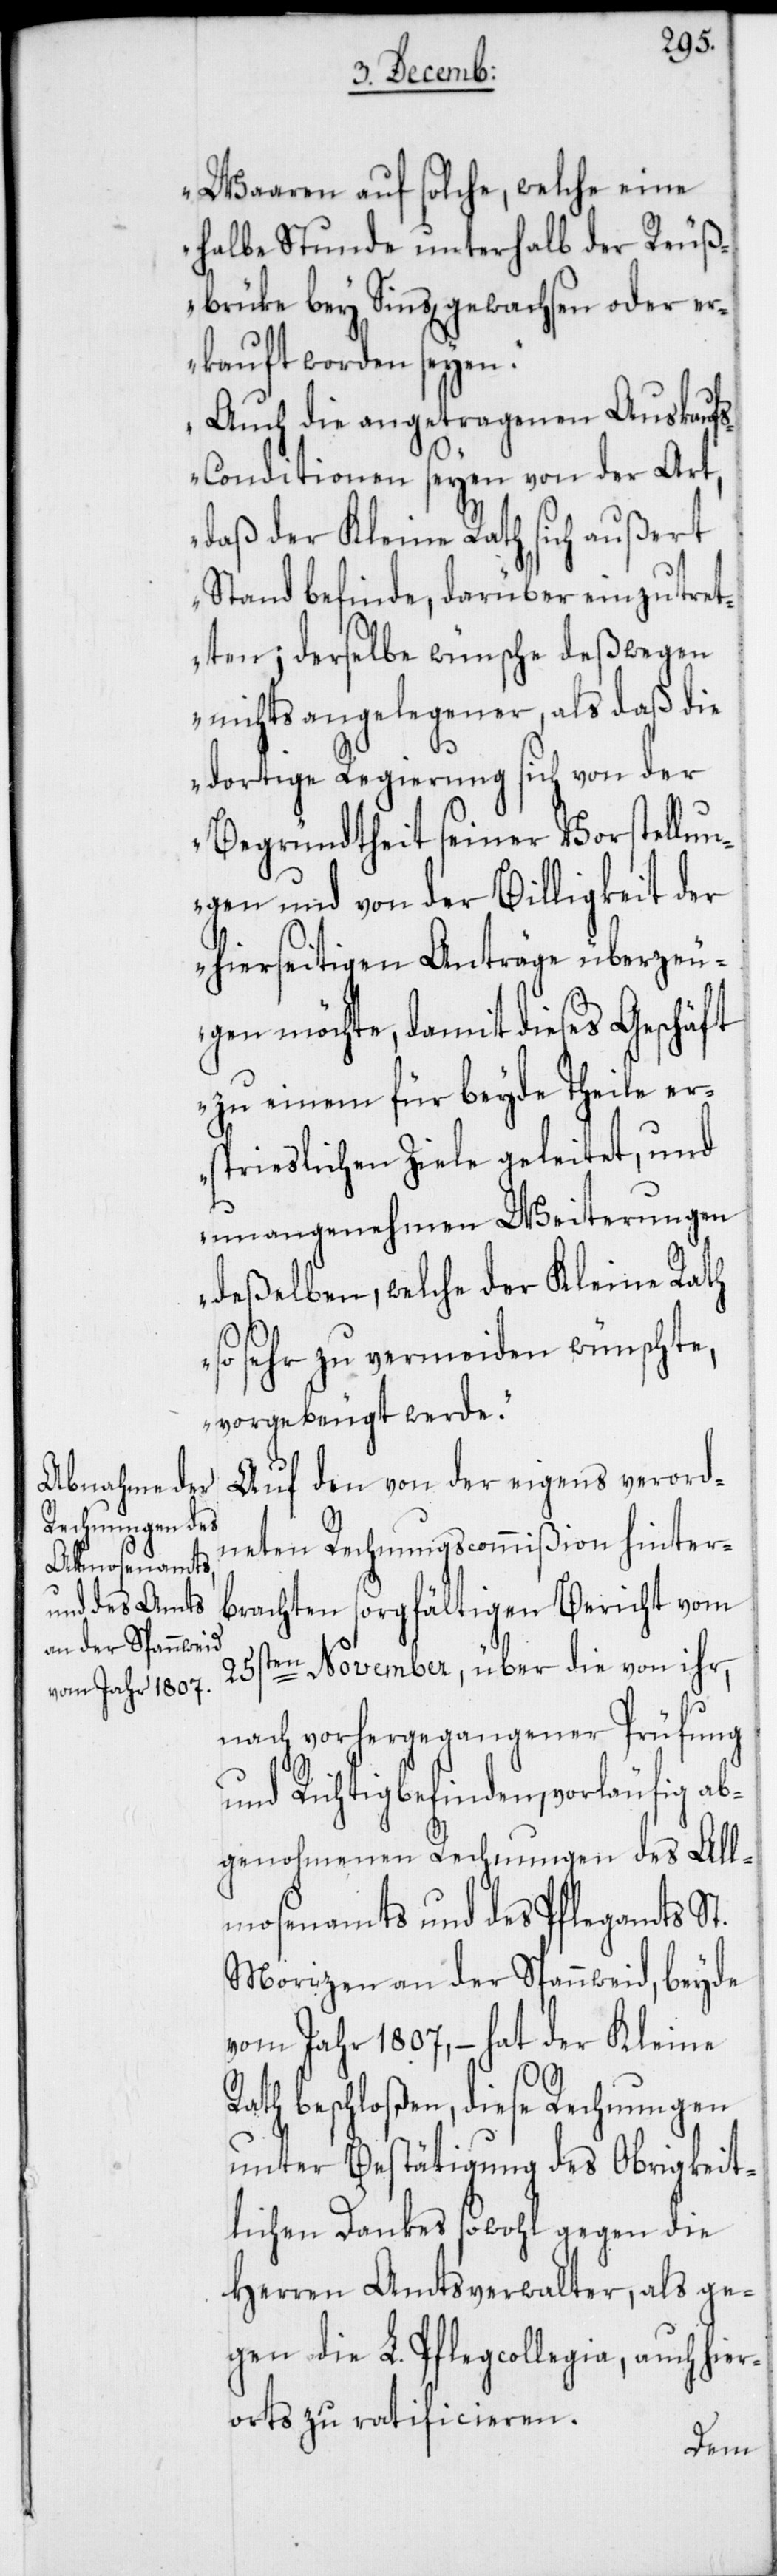
Waaren auf solche, welche eine
halbe Stunde unterhalb der Reuß¬
brüke bey Sins, gewachsen oder er¬
kauft worden seyen.
Auch die angetragenen Auskauf¬
s-Conditionen seyen von der Art,
daß der Kleine Rath sich außert
Stand befinde, darüber einzutret¬
ten; derselbe wünsche deßwegen
nichts angelegener, als daß die
dortige Regierung sich von der
Begründtheit seiner Vorstellun¬
gen und von der Billigkeit der
hierseitigen Anträge überzeu¬
gen möchte, damit dieses Geschäft
zu einem für beyde Theile er¬
spieslichen Ziele geleitet, und
unangenehmen Weiterungen
deßelben, welche der Kleine Rath
so sehr zu vermeiden wünschte,
vorgebeugt werde.“
Auf den von der eigens verord¬
neten Rechnungscommißion hinter¬
brachten sorgfältigen Bericht vom
25sten November, über die von ihr,
nach vorhergegangener Prüfung
und Richtigbefinden, vorläufig ab¬
genohmenen Rechnungen des All¬
mosenamts und des Pflegamts St.
Morizen an der Spannweid, beyde
vom Jahr 1807, – hat der Kleine
Rath beschloßen, diese Rechnungen
unter Bestätigung des Obrigkeit¬
lichen Dankes sowohl gegen die
Herren Amtsverwalter, als ge¬
gen die L. Pflegcollegia, auch hier¬
orts zu ratificieren.